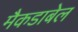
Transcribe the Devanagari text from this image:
मैकडाबेल